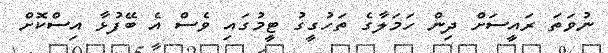
ނުވަތަ ރައީސަށް ދިން ހަމަލާގެ ތަހުގީގު ޓީމުގައި ވެސް އެ ބޭފުޅާ އިސްކޮށް